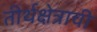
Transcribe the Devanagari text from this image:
तीर्थक्षेत्राची